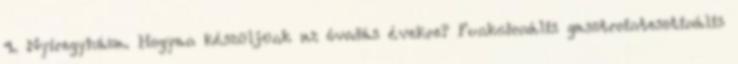
4. Nyíregyháza. Hogyan készüljünk az óvodás évekre? Funkcionális gasztrointesztinális